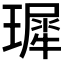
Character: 𪼟